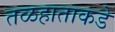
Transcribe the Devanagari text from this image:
तळहाताकडे